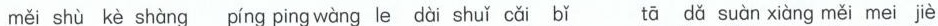
měi shù kè shàng píng ping wàng le dài shuǐ cǎi bǐ tā dǎ suàn xiàng měi mei jiè